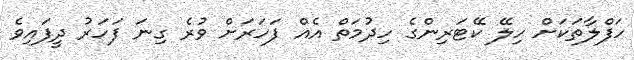
ހަފްލާތަކަށް ހިލޭ ކޭޓަރިންގެ ހިދުމަތް އެއް ފަހަރަށް ވުރެ ގިނަ ފަހަރު ދީފައިވެ